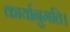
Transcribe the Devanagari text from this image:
कार्यानुमति।